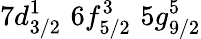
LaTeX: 7d_{3/2}^{1}\, \, 6f_{5/2}^{3}\, \, 5g_{9/2}^{5}